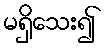
မရှိသေး၍